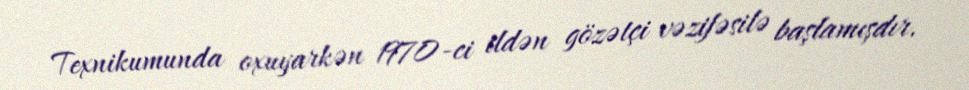
Texnikumunda oxuyarkən 1970-ci ildən gözətçi vəzifəsilə başlamışdır.